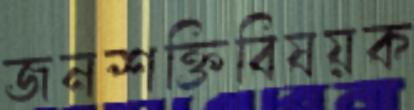
জনশক্তিবিষয়ক